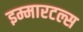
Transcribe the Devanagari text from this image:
इम्मारटल्स